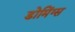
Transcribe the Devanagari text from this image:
डोमिंग्स